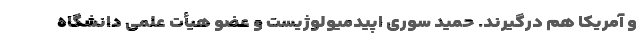
و آمریکا هم درگیرند. حمید سوری اپیدمیولوژیست و عضو هیأت علمی دانشگاه